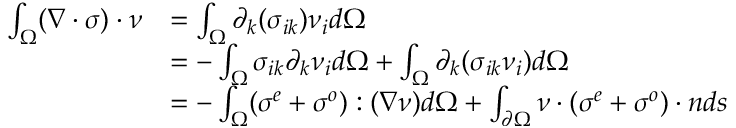
\begin{array} { r l } { \int _ { \Omega } ( \nabla \cdot \boldsymbol { \sigma } ) \cdot \boldsymbol { \nu } } & { = \int _ { \Omega } \partial _ { k } ( \sigma _ { i k } ) \nu _ { i } d \Omega } \\ & { = - \int _ { \Omega } \sigma _ { i k } \partial _ { k } \nu _ { i } d \Omega + \int _ { \Omega } \partial _ { k } ( \sigma _ { i k } \nu _ { i } ) d \Omega } \\ & { = - \int _ { \Omega } ( \boldsymbol { \sigma ^ { e } } + \boldsymbol { \sigma ^ { o } } ) : ( \nabla \boldsymbol { \nu } ) d \Omega + \int _ { \partial \Omega } \boldsymbol { \nu } \cdot ( \boldsymbol { \sigma ^ { e } } + \boldsymbol { \sigma ^ { o } } ) \cdot \boldsymbol { n } d s } \end{array}